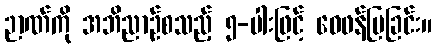
ဉာဏ်ကို အဘိညာဉ်စသည့် ၅-ပါးဖြင့် ဝေဖန်ပြခြင်း။